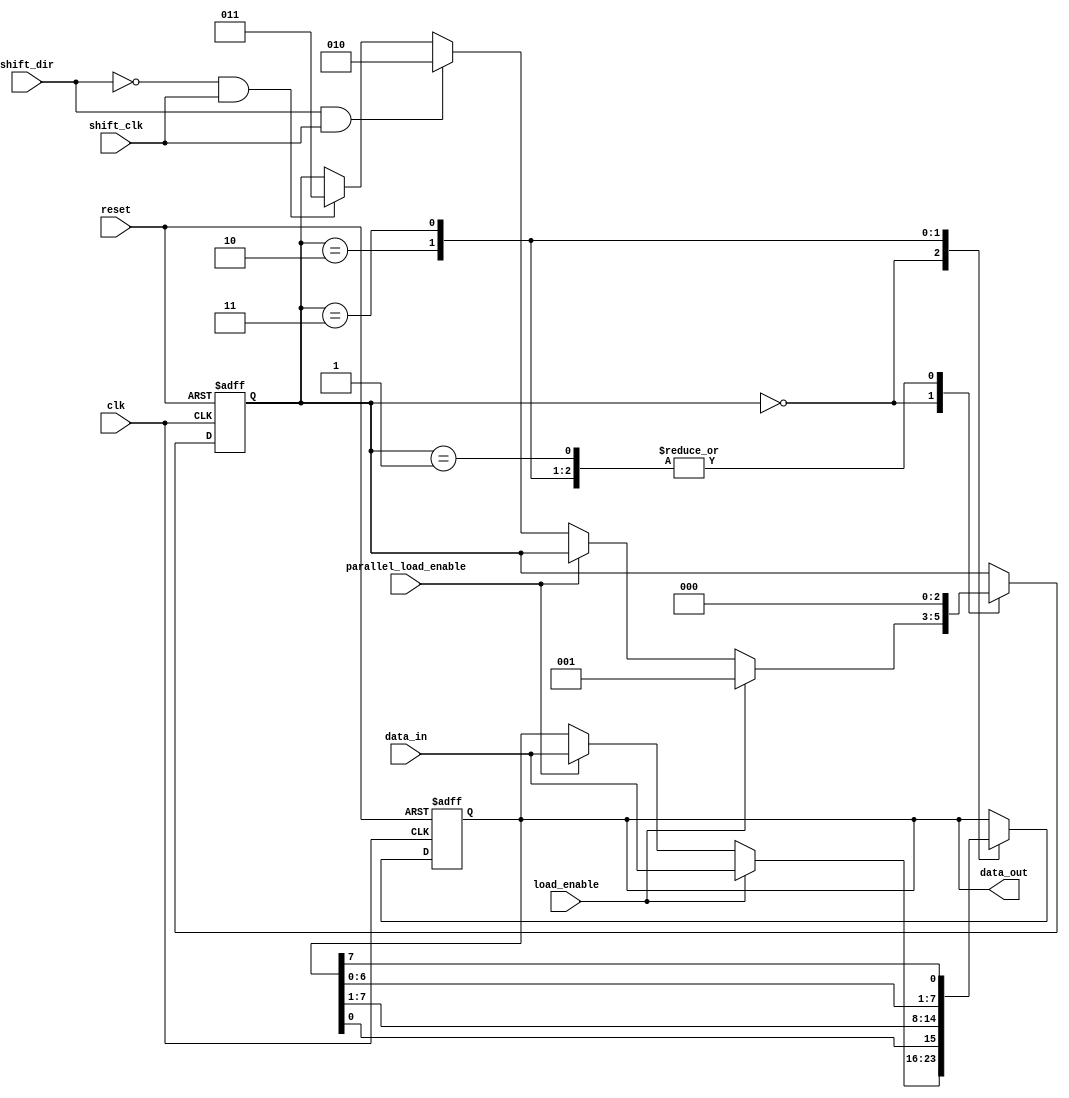
module universal_shift_register (
  input wire clk,
  input wire reset,
  input wire shift_dir,
  input wire load_enable,
  input wire parallel_load_enable,
  input wire [7:0] data_in,
  input wire shift_clk,
  output reg [7:0] data_out
);

reg [7:0] shift_reg;
reg [2:0] shift_state;

always @ (posedge clk or posedge reset) begin
  if (reset) begin
    shift_reg <= 8'b0;
    shift_state <= 3'b0;
  end else begin
    case (shift_state)
      3'b000: begin // idle state
        if (load_enable) begin
          shift_reg <= data_in;
          shift_state <= 3'b001;
        end else if (parallel_load_enable) begin
          shift_reg <= data_in;
        end else if (shift_dir && shift_clk) begin
          shift_state <= 3'b010;
        end else if (!shift_dir && shift_clk) begin
          shift_state <= 3'b011;
        end
      end
      3'b001: begin // load state
        shift_state <= 3'b000;
      end
      3'b010: begin // shift right state
        shift_reg <= {shift_reg[0], shift_reg[7:1]};
        shift_state <= 3'b000;
      end
      3'b011: begin // shift left state
        shift_reg <= {shift_reg[6:0], shift_reg[7]};
        shift_state <= 3'b000;
      end
    endcase
  end
end

assign data_out = shift_reg;

endmodule